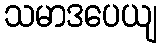
သမာဒပေယျ